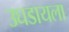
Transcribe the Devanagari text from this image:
उघडायला